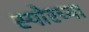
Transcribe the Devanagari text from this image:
स्पोरच्या